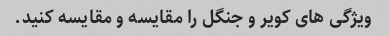
ویژگی های کویر و جنگل را مقایسه و مقایسه کنید.